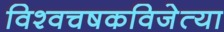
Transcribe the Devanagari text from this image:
विश्वचषकविजेत्या